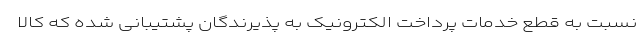
نسبت به قطع خدمات پرداخت الکترونیک به پذیرندگان پشتیبانی شده که کالا